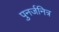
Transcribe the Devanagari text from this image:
पुनर्जनित्र